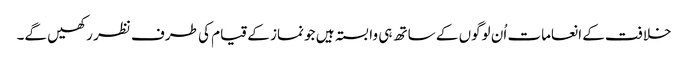
خلافت کے انعامات اُن لوگوں کے ساتھ ہی وابستہ ہیں جو نماز کے قیام کی طرف نظر رکھیں گے۔